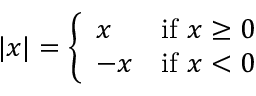
\textstyle | x | = { \left\{ \begin{array} { l l } { x } & { { \mathrm { i f ~ } } x \geq 0 } \\ { - x } & { { \mathrm { i f ~ } } x < 0 } \end{array} \right. }